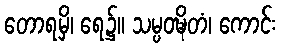
တောရမှိ၊ ရေ၌။ သမ္ပဝဍ္ဎိတံ၊ ကောင်း